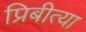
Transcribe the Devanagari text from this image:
प्रिबीत्या